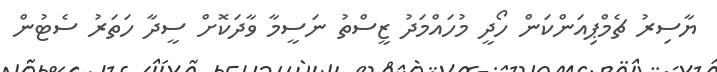
ޔާސިރު ޗެމްޕިއަންކަން ހޯދީ މުހައްމަދު ޒީސްތު ނަސީމާ ވާދަކޮށް ސީދާ ހަތަރު ސެޓުން